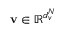
\mathbf { v } \in \mathbb { R } ^ { d _ { v } ^ { N } }